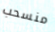
منسحب